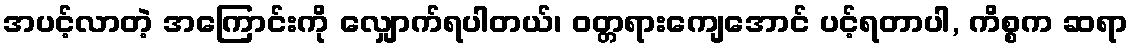
အပင့်လာတဲ့ အကြောင်းကို လျှောက်ရပါတယ်၊ ဝတ္တရားကျေအောင် ပင့်ရတာပါ, ကိစ္စက ဆရာ